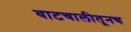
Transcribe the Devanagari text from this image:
वाटचालीतूनच